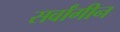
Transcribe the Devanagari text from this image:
सर्वांगीन